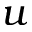
u